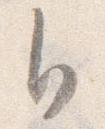
自